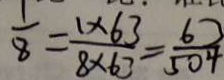
\frac { 1 } { 8 } = \frac { 1 \times 6 3 } { 8 \times 6 3 } = \frac { 6 3 } { 5 0 4 }